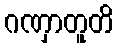
ဂဏှာတူတိ